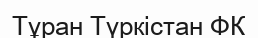
Тұран Түркістан ФК